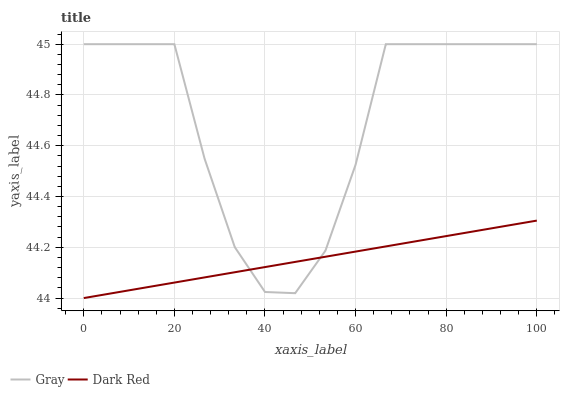
| xaxis_label | Gray | Dark Red |
 | --- | --- | --- |
 | 0 | 45 | 44 |
 | 6.67 | 45 | 44 |
 | 13.3 | 45 | 44 |
 | 20 | 45 | 44.1 |
 | 26.7 | 44.5 | 44.1 |
 | 33.3 | 44.2 | 44.1 |
 | 40 | 44 | 44.1 |
 | 46.7 | 44 | 44.1 |
 | 53.3 | 44.2 | 44.2 |
 | 60 | 44.5 | 44.2 |
 | 66.7 | 45 | 44.2 |
 | 73.3 | 45 | 44.2 |
 | 80 | 45 | 44.2 |
 | 86.7 | 45 | 44.3 |
 | 93.3 | 45 | 44.3 |
 | 100 | 45 | 44.3 |